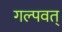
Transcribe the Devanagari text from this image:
गल्पवत्